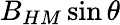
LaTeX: B_{HM}\sin\theta